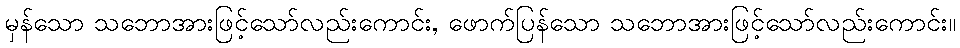
မှန်သော သဘောအားဖြင့်သော်လည်းကောင်း, ဖောက်ပြန်သော သဘောအားဖြင့်သော်လည်းကောင်း။